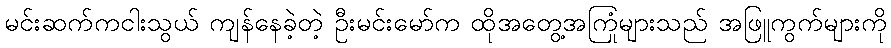
မင်းဆက်ကငါးသွယ် ကျန်နေခဲ့တဲ့ ဦးမင်းမော်က ထိုအတွေ့အကြုံများသည် အဖြူကွက်များကို